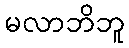
မလာဘိဘူ